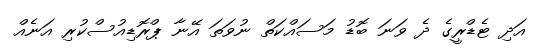
އަދި ޓެޑްރީގެ ދެ ވަނަ ބޮޑު މަސައްކަތް ނުވަތަ އޭނާ ޕްރޮޑިއުސްކުރި އަނެއް